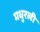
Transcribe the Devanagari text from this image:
मधुरली